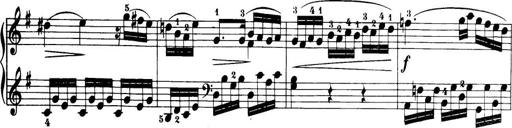
Title: 32 Sonatinas and Rondos for the Piano
Composer: Richard Kleinmichel